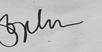
Signature authenticity: genuine